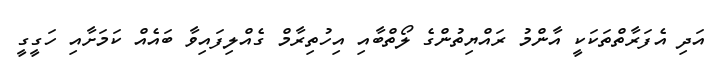
އަދި އެފަރާތްތަކަކީ އާންމު ރައްޔިތުންގެ ލޯތްބާއި އިހުތިރާމް ގެއްލިފައިވާ ބައެއް ކަމަށާއި ހަގީގީ